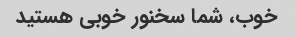
خوب، شما سخنور خوبی هستید